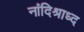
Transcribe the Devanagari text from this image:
नांदिश्राध्द